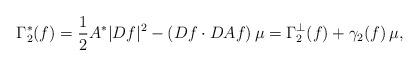
LaTeX: \begin{align*}\Gamma^*_2(f)=\frac{1}{2} A^*|Df|^2 -(Df\cdot DA f)\, \mu =\Gamma^\perp_2(f)+ \gamma_2(f)\, \mu,\end{align*}